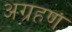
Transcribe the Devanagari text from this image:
अग्रहण